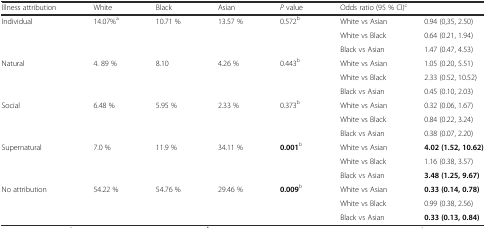
<table><thead><tr><td><b>Illness attribution</b></td><td><b>White</b></td><td><b>Black</b></td><td><b>Asian</b></td><td><b><i>P</i> value</b></td><td colspan="2"><b>Odds ratio (95 % CI)<sup>c</sup></b></td></tr></thead><tbody><tr><td>Individual</td><td>14.07%<sup>a</sup></td><td>10.71 %</td><td>13.57 %</td><td>0.572<sup>b</sup></td><td>White vs Asian</td><td>0.94 (0,35, 2.50)</td></tr><tr><td></td><td></td><td></td><td></td><td></td><td>White vs Black</td><td>0.64 (0.21, 1.94)</td></tr><tr><td></td><td></td><td></td><td></td><td></td><td>Black vs Asian</td><td>1.47 (0.47, 4.53)</td></tr><tr><td>Natural</td><td>4. 89 %</td><td>8.10</td><td>4.26 %</td><td>0.443<sup>b</sup></td><td>White vs Asian</td><td>1.05 (0.20, 5.51)</td></tr><tr><td></td><td></td><td></td><td></td><td></td><td>White vs Black</td><td>2.33 (0.52, 10.52)</td></tr><tr><td></td><td></td><td></td><td></td><td></td><td>Black vs Asian</td><td>0.45 (0.10, 2.03)</td></tr><tr><td>Social</td><td>6.48 %</td><td>5.95 %</td><td>2.33 %</td><td>0.373<sup>b</sup></td><td>White vs Asian</td><td>0.32 (0.06, 1.67)</td></tr><tr><td></td><td></td><td></td><td></td><td></td><td>White vs Black</td><td>0.84 (0.22, 3.24)</td></tr><tr><td></td><td></td><td></td><td></td><td></td><td>Black vs Asian</td><td>0.38 (0.07, 2.20)</td></tr><tr><td>Supernatural</td><td>7.0 %</td><td>11.9 %</td><td>34.11 %</td><td><b>0.001</b><sup>b</sup></td><td>White vs Asian</td><td><b>4.02 (1.52, 10.62)</b></td></tr><tr><td></td><td></td><td></td><td></td><td></td><td>White vs Black</td><td>1.16 (0.38, 3.57)</td></tr><tr><td></td><td></td><td></td><td></td><td></td><td>Black vs Asian</td><td><b>3.48 (1.25, 9.67)</b></td></tr><tr><td>No attribution</td><td>54.22 %</td><td>54.76 %</td><td>29.46 %</td><td><b>0.009</b><sup>b</sup></td><td>White vs Asian</td><td><b>0.33 (0.14, 0.78)</b></td></tr><tr><td></td><td></td><td></td><td></td><td></td><td>White vs Black</td><td>0.99 (0.38, 2.56)</td></tr><tr><td></td><td></td><td></td><td></td><td></td><td>Black vs Asian</td><td><b>0.33 (0.13, 0.84)</b></td></tr></tbody></table>